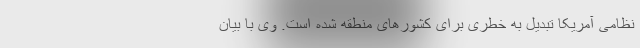
نظامی آمریکا تبدیل به خطری برای کشور‌های منطقه شده است. وی با بیان